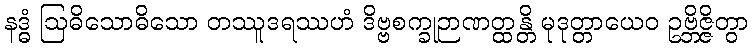
နဒ္ဓံ ဩဓိသောဓိသော တဿူဒရဿဟံ ဒိဗ္ဗစက္ခုဉာဏတ္ထန္တိ မုဒုတ္တာယေဝ ဥဗ္ဘိဇ္ဇိတွာ